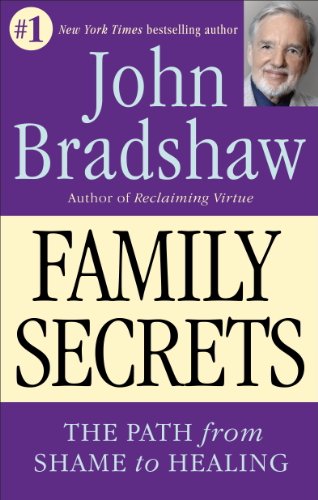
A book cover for Family Secrets - The Path from Shame to Healing; John Bradshaw; Parenting & Relationships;